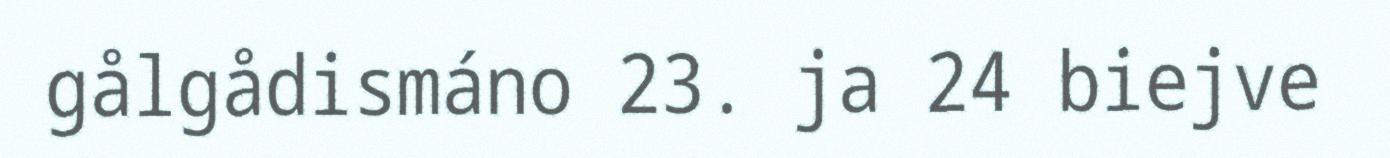
gålgådismáno 23. ja 24 biejve